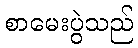
စာမေးပွဲသည်